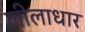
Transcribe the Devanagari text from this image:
लीलाधार